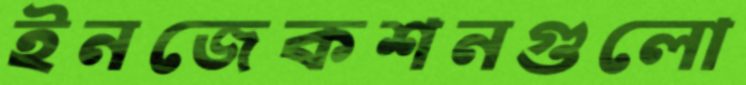
ইনজেকশনগুলো